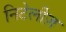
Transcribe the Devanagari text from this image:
निटेलीज़